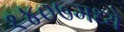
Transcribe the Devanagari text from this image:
१४०७मध्ये